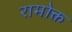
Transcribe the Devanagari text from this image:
रामोक्त